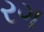
રગ